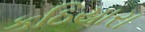
કઠિયારા